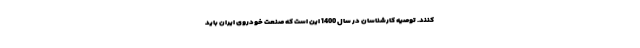
کنند. توصیه کارشناسان در سال 1400 این است که صنعت خودروی ایران باید